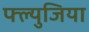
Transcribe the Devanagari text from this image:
फ्ल्युजिया